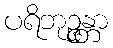
ပရိဘုဉ္ဇန္တာ